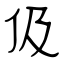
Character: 伋